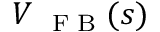
V _ { \mathrm { ~ \scriptsize ~ F ~ B ~ } } ( s )